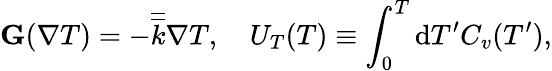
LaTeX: \textbf{G}(\nabla T)=-\overline{{\overline{{k}}}}\nabla T,\quad U_{T}(T)\equiv\int_{0}^{T}\mathrm{d}T^{\prime}C_{v}(T^{\prime}),